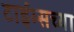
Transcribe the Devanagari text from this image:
टाईम्सच्या